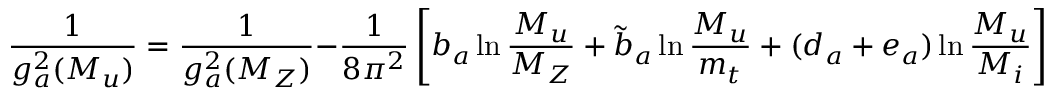
\frac { 1 } { g _ { a } ^ { 2 } ( M _ { u } ) } = \frac { 1 } { g _ { a } ^ { 2 } { ( M _ { Z } ) } } - \frac { 1 } { 8 \pi ^ { 2 } } \left[ b _ { a } \ln \frac { M _ { u } } { M _ { Z } } + \tilde { b } _ { a } \ln \frac { M _ { u } } { m _ { t } } + ( d _ { a } + e _ { a } ) \ln \frac { M _ { u } } { M _ { i } } \right] \; ,